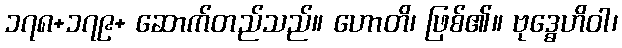
၁၇၈+၁၇၉+ ဆောက်တည်သည်။ ဟောတိ၊ ဖြစ်၏။ ဗုဒ္ဓေဟိဝါ၊